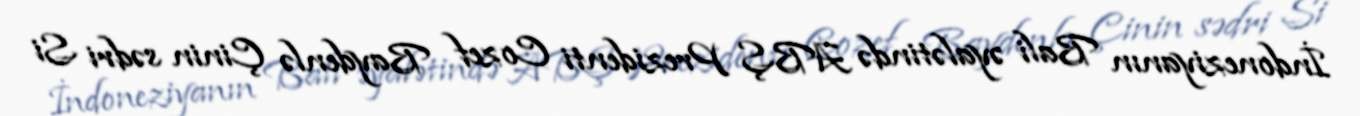
İndoneziyanın Bali əyalətində ABŞ Prezidenti Cozef Baydenlə Çinin sədri Si